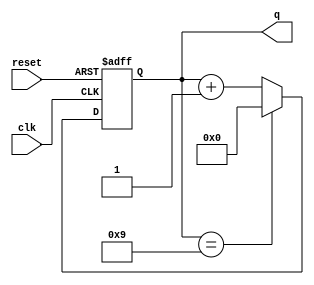
module bcd_counter (
    input wire clk,        // Clock signal
    input wire reset,      // Asynchronous reset signal
    output reg [3:0] q     // 4-bit BCD output
);

// Initialize the counter to 0
initial begin
    q = 4'b0000;
end

// Always block triggered on the rising edge of the clock or asynchronous reset
always @(posedge clk or posedge reset) begin
    if (reset) begin
        // Reset counter to 0
        q <= 4'b0000;
    end else begin
        // Increment the counter
        if (q == 4'b1001) begin
            // If current count is 9 (1001), reset to 0
            q <= 4'b0000;
        end else begin
            // Otherwise, increment the counter
            q <= q + 1;
        end
    end
end

endmodule